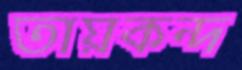
তায়কন্দ